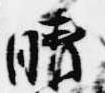
晴